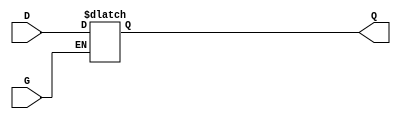
module gated_transparent_latch (
    input wire D,        // Data input
    input wire G,        // Gate control signal
    output reg Q         // Output
);

    always @(*) begin
        if (G)             // If Gate is high (transparent mode)
            Q = D;        // Output follows D
        else               // If Gate is low (hold mode)
            Q = Q;        // Output retains last value
    end

endmodule